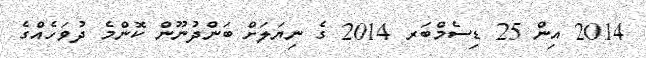
2014 އިން 25 ޑިސެމްބަރ 2014 ގެ ނިޔަލަށް ބަންދުނޫން ކޮންމެ ދުވަހެއްގެ